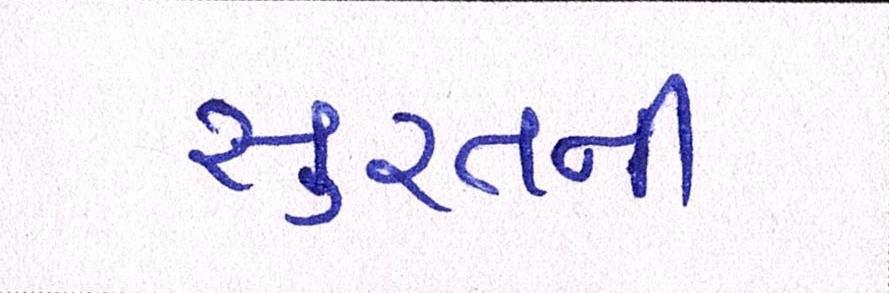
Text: સુરતની